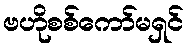
ဗဟိုစစ်ကော်မရှင်